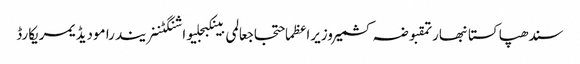
سندھپاکستانبھارتمقبوضہ کشمیروزیراعظماحتجاجعالمی بینکبجلیواشنگٹننریندرا مودیڈیمریکارڈ